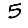
Digit: 5